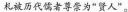
札被历代儒者尊崇为“贤人”。